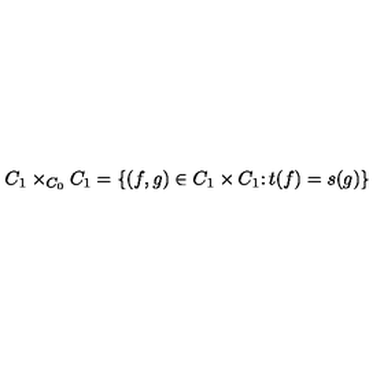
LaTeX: C _ { 1 } \times _ { C _ { 0 } } C _ { 1 } = \{ ( f , g ) \in C _ { 1 } \times C _ { 1 } \colon t ( f ) = s ( g ) \}